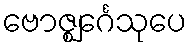
ဗောဇ္ဈင်္ဂေသုပေ